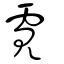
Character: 䨘